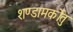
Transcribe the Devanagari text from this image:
शण्डामर्कोतु